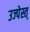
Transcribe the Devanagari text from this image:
उज्पेस्त्